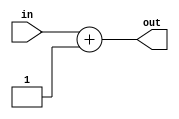
module MACRO_INC(in, out);
  input [3:0] in;
  output [3:0] out;
  assign out = in + 4'd1;
endmodule

module MACRO_DFF(clk, rst, en, d, q);
  input clk, rst, en;
  input [3:0] d;
  output reg [3:0] q;
  always @(posedge clk)
    q <= rst ? 4'd0 : en ? d : q;
endmodule